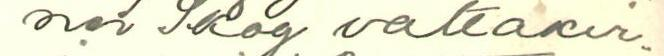
ner Skog valtakir-